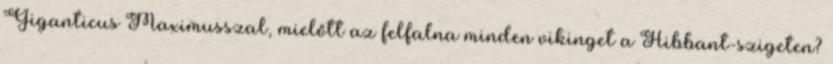
Giganticus Maximusszal, mielőtt az felfalna minden vikinget a Hibbant-szigeten?